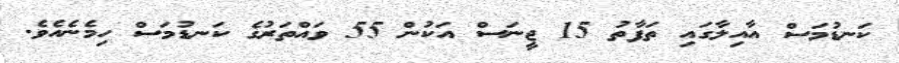
ކަނޑުމަސް އާއިލާގައި ތަފާތު 15 ޖީނަސް އަކުން 55 ވައްތަރުގެ ކަނޑުމަސް ހިމެނެއެވެ.